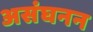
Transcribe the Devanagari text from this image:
असंघनन